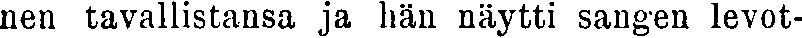
nen tavallistansa ja hän näytti sangen levot-